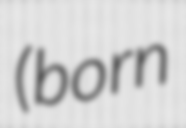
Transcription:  (born